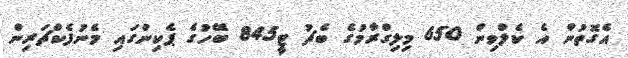
އެގޮތުން އެ ކެލްވިން 650 މިލިގްރާމުގެ ބެޗު ޓީ845 ބޭހުގެ ޕެކިންގައި މެނުފެކްޗަރިން